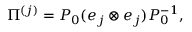
\Pi ^ { ( j ) } = P _ { 0 } ( e _ { j } \otimes e _ { j } ) P _ { 0 } ^ { - 1 } ,